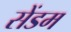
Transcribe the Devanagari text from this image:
सेंडम